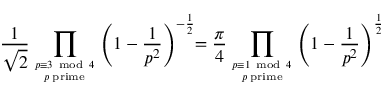
{ \frac { 1 } { \sqrt { 2 } } } \prod _ { { p \equiv 3 { \mathrm { ~ m o d ~ } } 4 } \atop p \; \mathrm { { p r i m e } } } { \left( 1 - { \frac { 1 } { p ^ { 2 } } } \right) ^ { - { \frac { 1 } { 2 } } } } \! \! = { \frac { \pi } { 4 } } \prod _ { { p \equiv 1 { \mathrm { ~ m o d ~ } } 4 } \atop p \; \mathrm { { p r i m e } } } { \left( 1 - { \frac { 1 } { p ^ { 2 } } } \right) ^ { \frac { 1 } { 2 } } }